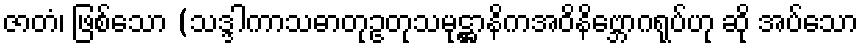
ဇာတံ၊ ဖြစ်သော (သဒ္ဒါကာသဓာတုဥတုသမုဋ္ဌာနိကအဝိနိဗ္ဘောဂရုပ်ဟု ဆို အပ်သော